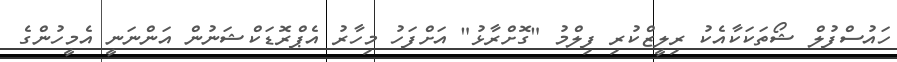
ހައުސްފުލް ޝޯތަކަކާއެކު ރިލީޒްކުރި ފިލްމު "ގޮށްރާޅު" އަށްފަހު މިހާރު އެޕްރޮޑަކްޝަނުން އަންނަނީ އެމީހުންގެ